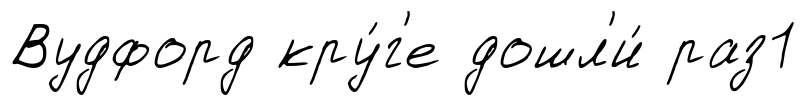
Вудфорд кру́г'е дошл'и́ раз1